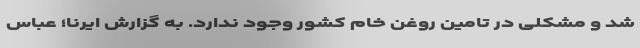
شد و مشکلی در تامین روغن خام کشور وجود ندارد. به گزارش ایرنا؛ عباس